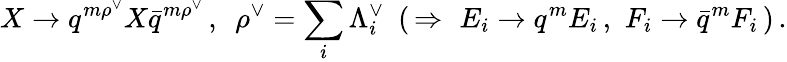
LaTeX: X\to q^{m{\rho}^{\vee}}X{\bar{q}}^{m{\rho}^{\vee}}\, ,\, \, \, {\rho}^{\vee}=\sum_{i}{\Lambda}_{i}^{\vee}\, \, \, (\, \Rightarrow\, \, E_{i}\to q^{m}E_{i}\, ,\, \, F_{i}\to{\bar{q}}^{m}F_{i}\, )\, .